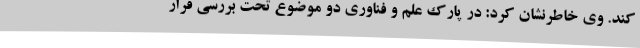
کند. وی خاطرنشان کرد: در پارک علم و فناوری دو موضوع تحت بررسی قرار